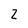
Character: Z